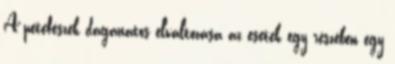
A petefészek daganatos elváltozása az esetek egy részében egy